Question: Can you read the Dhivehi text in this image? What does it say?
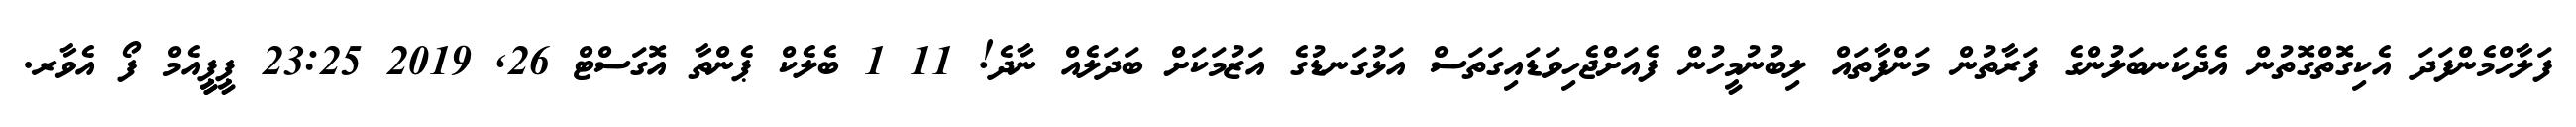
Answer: ފަލާހްމެންފަދަ އެކިގޮތްގޮތުން އެދެކަނބަލުންގެ ފަރާތުން މަންފާތައް ލިބުނުމީހުން ފެއަށްޖެހިވަޑައިގަތަސް އަޅުގަނޑުގެ އަޒުމަކަށް ބަދަލެއް ނާދެ! 11 1 ބެލެކް ޕެންތާ އޮގަސްޓް 26, 2019 23:25 ޕީޕީީއެމް ފޯ އެވާރ.